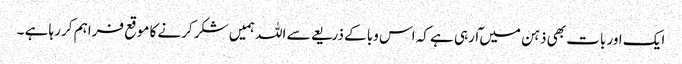
ایک اور بات بھی ذہن میں ٓارہی ہے کہ اس وبا کے ذریعے سے اللہ ہمیں شکر کرنے کا موقع فراہم کر رہا ہے ۔